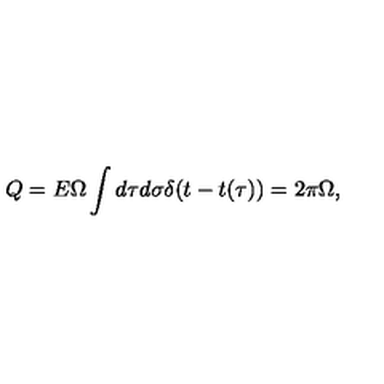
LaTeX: Q = E \Omega \int d \tau d \sigma \delta ( t - t ( \tau ) ) = 2 \pi \Omega ,